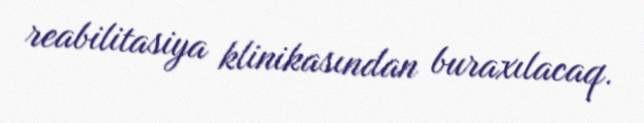
reabilitasiya klinikasından buraxılacaq.